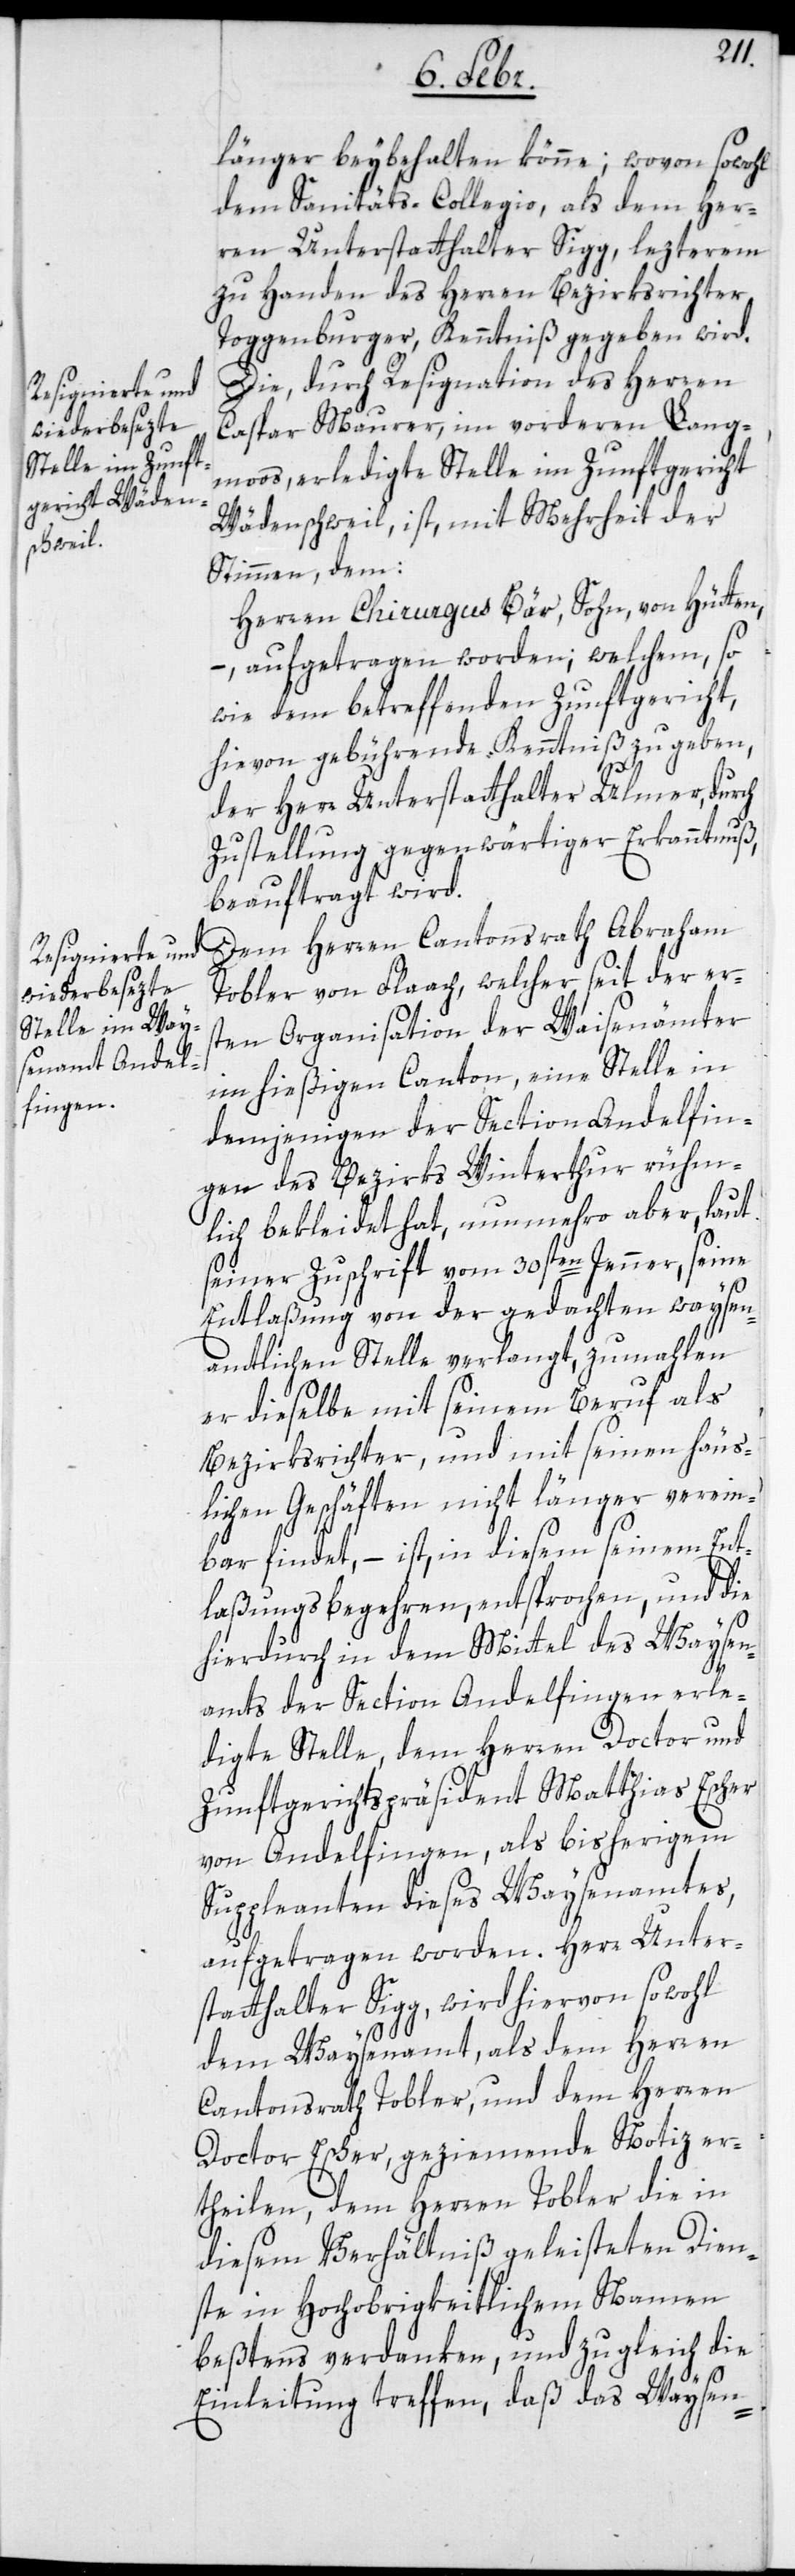
länger beybehalten könne; wovon sowohl
dem Sanitäts-Collegio, als dem Her¬
ren Unterstatthalter Sigg, lezterem
zu Handen des Herren Bezirksrichter
Toggenburger, Kenntniß gegeben wird.
Die, durch Resignation des Herren
Caspar Maurer, im vorderen Lang¬
moos, erledigte Stelle im Zunftgericht
Wädenschweil, ist, mit Mehrheit der
Stimmen, dem:
Herren Chirurgus Bär, Sohn, von Hütten,
– aufgetragen worden; welchem, so¬
wie dem betreffenden Zunftgericht,
hievon gebührende Kenntniß zu geben,
nsrath
der Herr Unterstatthalter Ulmer, durch
Zustellung gegenwärtiger Erkanntnuß,
beauftragt wird.
Tobler von Flaach, welcher seit der er¬
sten Organisation der Waisenämter
im hießigen Canton, eine Stelle in
demjenigen der Section Andelfin¬
gen des Bezirks Winterthur rühm¬
lich bekleidet hat, nunmehro aber, laut
seiner Zuschrift vom 30sten Jenner, seine
Entlaßung von der gedachten waysen¬
amtlichen Stelle verlangt, zumahlen
er dieselbe mit seinem Beruf als
Bezirksrichter, und mit seinen häus¬
lichen Geschäften nicht länger verein¬
bar findet, – ist, in diesem seinem Ent¬
laßungsbegehren entsprochen, und die
hierdurch in dem Mittel des Waysen¬
amts der Section Andelfingen erle¬
digte Stelle, dem Herren Doctor und
Zunftgerichtspräsident Matthias Escher
von Andelfingen, als bisherigem
Suppleanten dieses Waysenamtes,
aufgetragen worden. Herr Unter¬
statthalter Sigg, wird hiervon sowohl
dem Waysenamt, als dem Herren
Cantonsrath Tobler, und dem Herren
Doctor Escher, geziemende Notiz er¬
theilen, dem Herren Tobler die in
diesem Verhältniß geleisteten Dien¬
ste in Hochobrigkeitlichem Namen
beßtens verdanken, und zugleich die
Einleitung treffen, daß das Waysen-